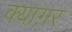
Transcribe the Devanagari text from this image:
क्याग़र